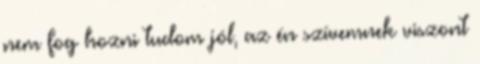
nem fog hozni tudom jól, az én szívemnek viszont